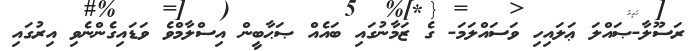
ރަސޫލާ-ޞައްލަ ޢަލައިހި ވަސައްލަމަ- ގެ ޒަމާނުގައި ބައެއް ޞަޙާބީން އިސްލާމްވެ ވަޑައިގެންނެވި އިރުގައި